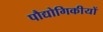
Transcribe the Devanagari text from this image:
पौद्योगिकीयों